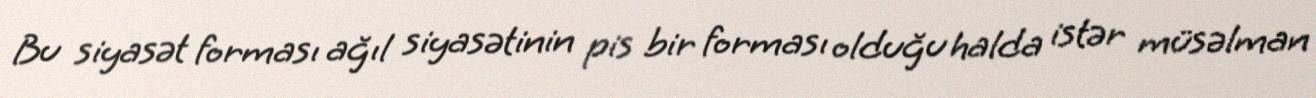
Bu siyasət forması ağıl siyasətinin pis bir forması olduğu halda istər müsəlman